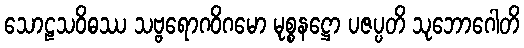
သောဠသဝိဓဿ သဗ္ဗရောဂဝိဂမော မုစ္စနဋ္ဌော ပဇပ္ပတိ သုဘောဂေါတိ